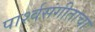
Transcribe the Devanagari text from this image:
पार्श्वसंगीताचा